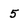
Character: 5